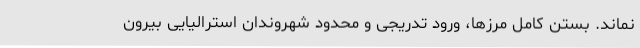
نماند. بستن کامل مرزها، ورود تدریجی و محدود شهروندان استرالیایی بیرون